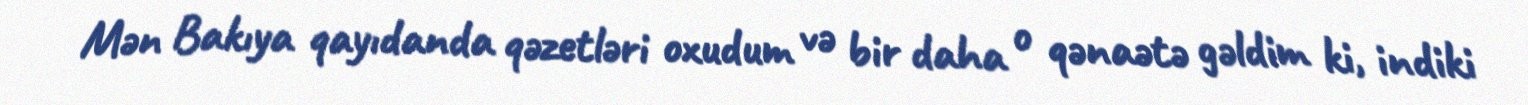
Mən Bakıya qayıdanda qəzetləri oxudum və bir daha o qənaətə gəldim ki, indiki